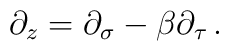
\partial_z = \partial_\sigma-\beta \partial_\tau\,.